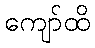
ကျော်ထိ